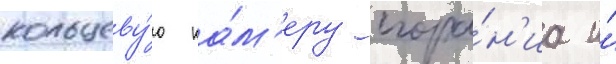
кольцеву́ю ка́м'еру сгора́н'иа и́